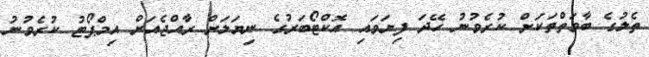
ތެލުގެ ބާވަތްތަކަށް ކުރެވުނު ހޭދަ ފިޔަވައި އޮކްޓޯބަރުގެ ނިޔަލަށް ރާއްޖެއަށް އިމްޕޯޓު ކުރެވުނު